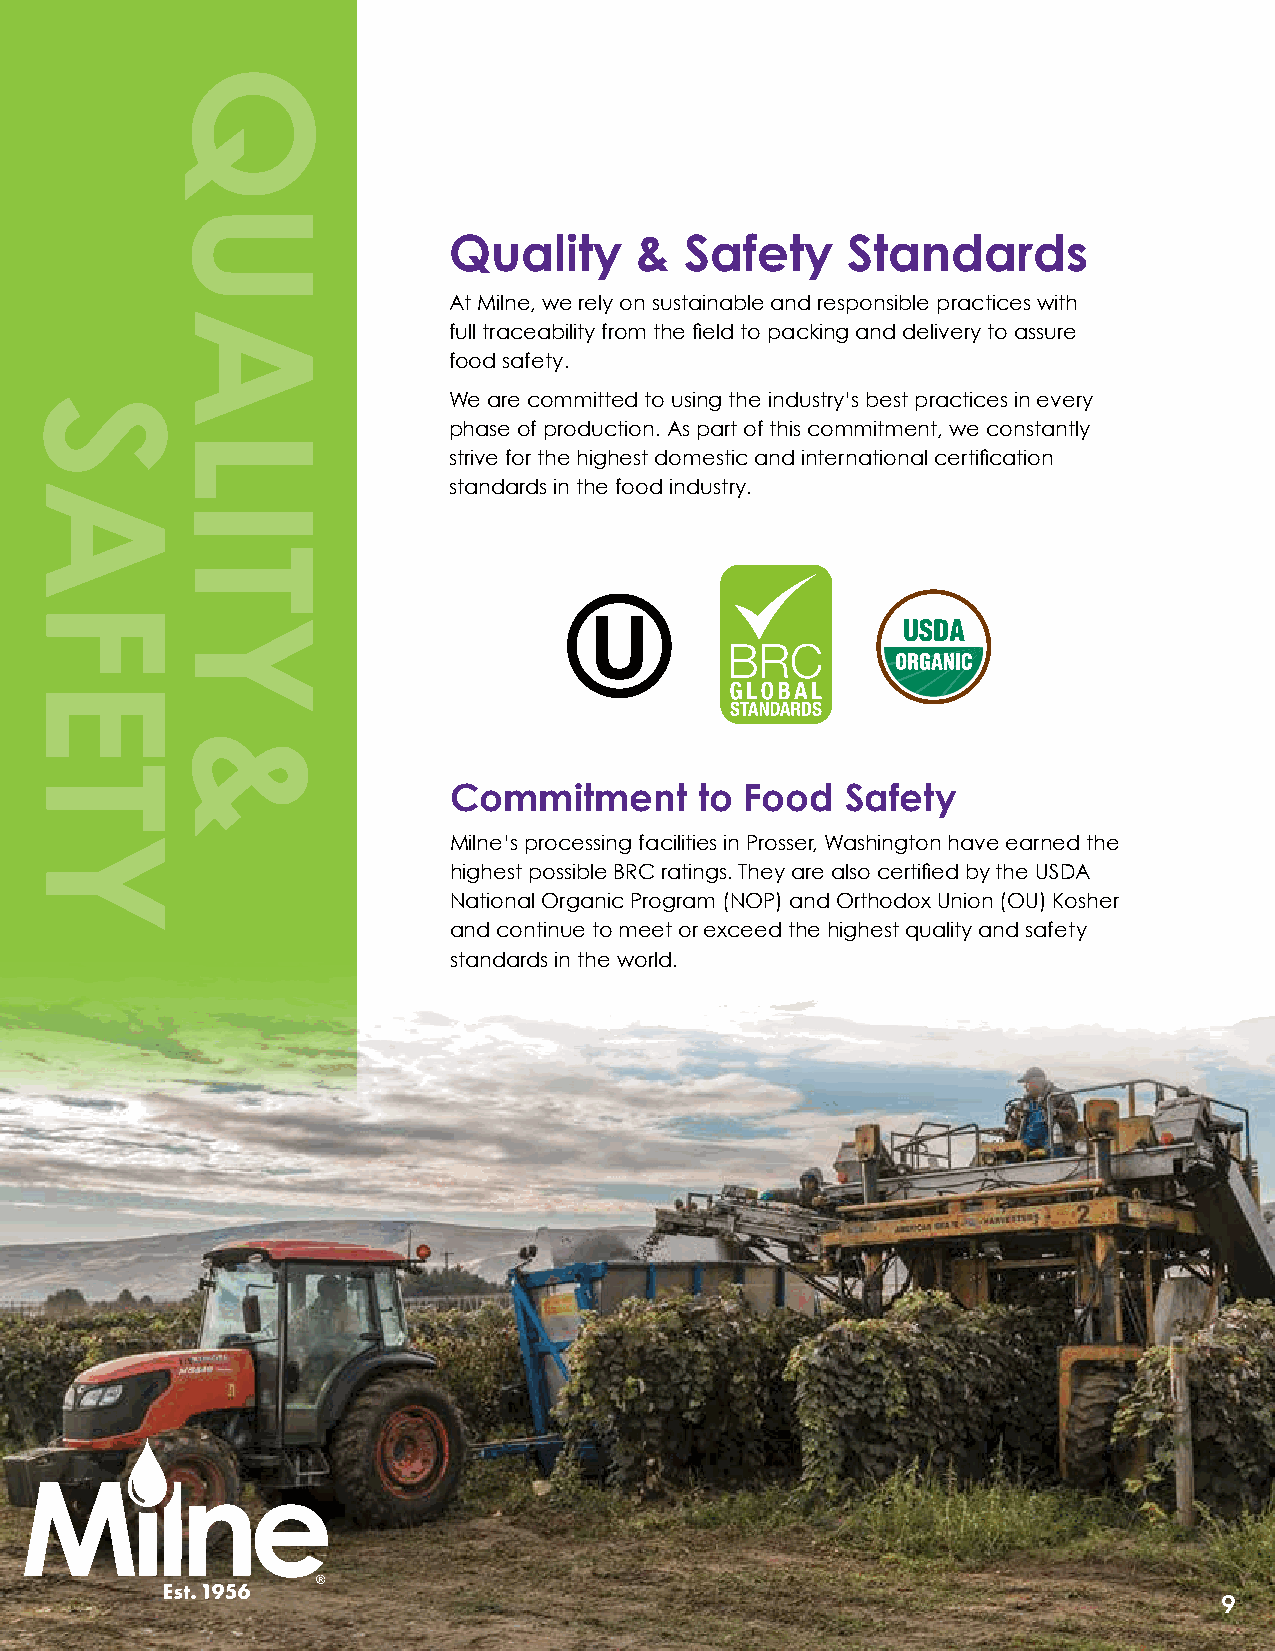
Quality     &  Safety     Standards
 At Milne, we rely on sustainable and responsible practices with
 full traceability from the field to packing and delivery to assure
 food safety.
 We are committed to using the industry’s best practices in every
 phase of production. As part of this commitment, we constantly
 strive for the highest domestic and international certification
 standards in the food industry.
 Commitment      to Food   Safety
 Milne’s processing facilities in Prosser, Washington have earned the
 highest possible BRC ratings. They are also certified by the USDA
 National Organic Program (NOP) and Orthodox Union (OU) Kosher
 and continue to meet or exceed the highest quality and safety
 standards in the world.
 9
 SAFETY
 QUALITY
 &